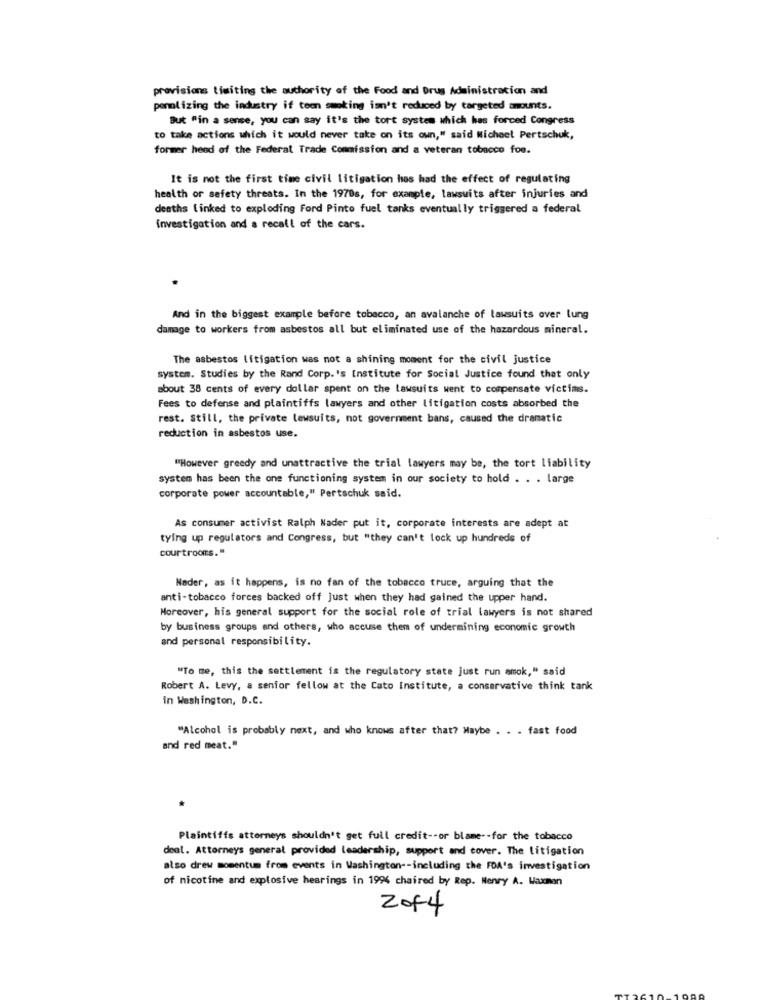
provisions limiting the authority of the Food and Drug Administration and
penalizing the industry if too smoking isn't reduced by targeted amounts.
But "in a sense, you can say it's the tort system which has forced Congress
to take actions which it would never take on its own," said Michael Pertschuk,
former head of the Federal Trade Commission and a veteran tobacco foe.
It is not the first time civil litigation has had the effect of regulating
health or safety threats. In the 1970s, for example, lawsuits after injuries and
deaths linked to exploding Ford Pinto fuel tanks eventually triggered a federal
Investigation and a recall of the cars.
And in the biggest example before tobacco, an avalanche of lawsuits over lung
damage to workers from asbestos all but eliminated use of the hazardous mineral.
The asbestos litigation was not a shining moment for the civil justice
system. Studies by the Rand Corp.'s Institute for Social Justice found that only
about 38 cents of every dollar spent on the lawsuits went to compensate victims.
Fees to defense and plaintiffs lawyers and other litigation costs absorbed the
rest. Still, the private lawsuits, not government bans, caused the dramatic
reduction in asbestos use.
"However greedy and unattractive the trial lawyers may be, the tort liability
system has been the one functioning system in our society to hold . . . large
corporate power accountable," Pertschuk said.
As consumer activist Ralph Nader put it, corporate interests are adept at
tying up regulators and Congress, but "they can't lock up hundreds of
courtrooms."
Nader, as it happens, is no fan of the tobacco truce, arguing that the
anti-tobacco forces backed off just when they had gained the upper hand.
Moreover, his general support for the social role of trial lawyers is not shared
by business groups and others, who accuse them of undermining economic growth
and personal responsibility.
"To me, this the settlement is the regulatory state just run amok," said
Robert A. Levy, a senior fellow at the Cato Institute, a conservative think tank
in Washington, D.C.
"Alcohol is probably next, and who knows after that? Maybe . . . fast food
and red meat."
Plaintiffs attorneys shouldn't get full credit -- or blame -- for the tobacco
deal. Attorneys general provided leadership, support and cover. The litigation
also drew momentum from events in Washington -- including the FDA's investigation
of nicotine and explosive hearings in 1994 chaired by Rep. Henry A. Waxman
2044